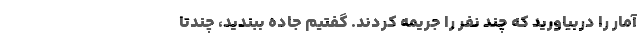
آمار را دربیاورید که چند نفر را جریمه کردند. گفتیم جاده ببندید، چندتا